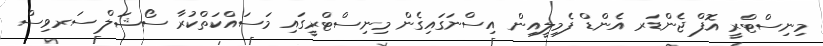
މިނިސްޓްރީ އޮފް ޖެންޑަރ އެންޑް ފެމިލީއިން އިސްނަގައިގެން މިނިސްޓްރީގައި މަސައްކަތްކުރާ ސޯޝަލް ސަރވިސް